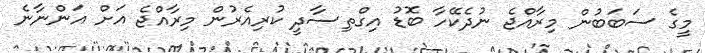
މީގެ ސަބަބުން މިރާއްޖެ ނުދެކޭހާ ބޮޑު އިގްތިސާދީ ކުރިއެރުން މިރާއްޖެ އަށް އަންނާނެ